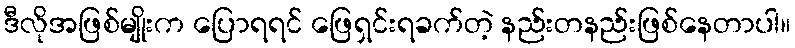
ဒီလိုအဖြစ်မျိုးက ပြောရရင် ဖြေရှင်းရခက်တဲ့ နည်းတနည်းဖြစ်နေတာပါ။